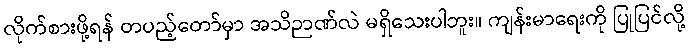
လိုက်စားဖို့ရန် တပည့်တော်မှာ အသိဉာဏ်လဲ မရှိသေးပါဘူး။ ကျန်းမာရေးကို ပြုပြင်လို့